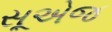
સૂએજ